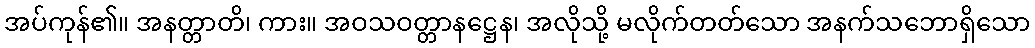
အပ်ကုန်၏။ အနတ္တာတိ၊ ကား။ အဝသဝတ္တာနဋ္ဌေန၊ အလိုသို့ မလိုက်တတ်သော အနက်သဘောရှိသော